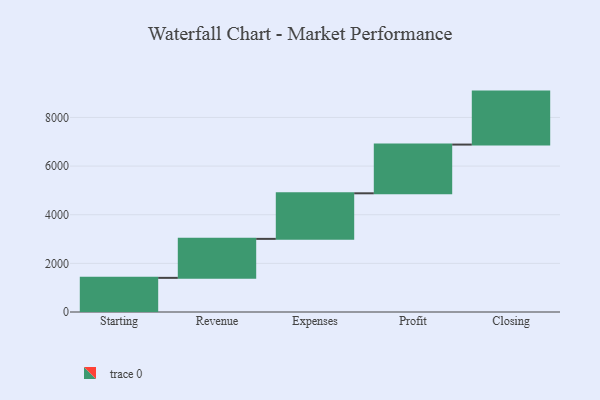
{"axis": {"x": "Step", "y": "Value"}, "legend": [""], "data": [{"x": "Starting", "y": 1404.0, "type": ""}, {"x": "Revenue", "y": 1603.0, "type": ""}, {"x": "Expenses", "y": 1874.0, "type": ""}, {"x": "Profit", "y": 2004.0, "type": ""}, {"x": "Closing", "y": 2178.0, "type": ""}]}